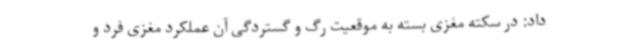
داد: در سکته مغزی بسته به موقعیت رگ و گستردگی آن عملکرد مغزی فرد و